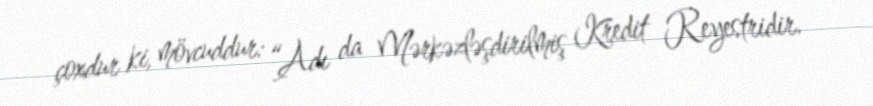
çoxdur ki, mövcuddur: “Adı da Mərkəzləşdirilmiş Kredit Reyestridir.